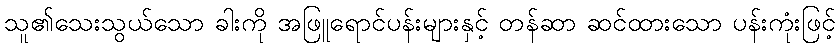
သူ၏သေးသွယ်သော ခါးကို အဖြူရောင်ပန်းများနှင့် တန်ဆာ ဆင်ထားသော ပန်းကုံးဖြင့်